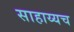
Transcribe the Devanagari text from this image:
साहाय्यच